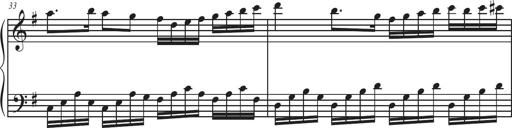
Title: Sonatina Espania
Composer: Jerald Franklin Archer
Key: Various